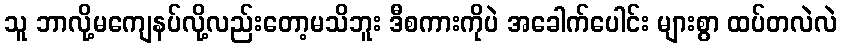
သူ ဘာလို့မကျေနပ်လို့လည်းတော့မသိဘူး ဒီစကားကိုပဲ အခေါက်ပေါင်း များစွာ ထပ်တလဲလဲ